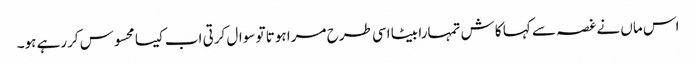
اس ماں نے غصہ سے کہا کاش تمہارا بیٹا اسی طرح مرا ہوتا تو سوال کرتی اب کیسا محسوس کررہے ہو۔